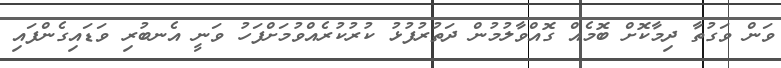
ވަން ވަގުތާ ދިމާކޮށް ބޮމެއް ގޮއްވާލުމުން ދަތުރުފުޅު ކުރުކުރެއްވުމަށްފަހު ވަނީ އެނބުރި ވަޑައިގެންފައި